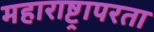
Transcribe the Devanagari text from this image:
महाराष्ट्रापरता